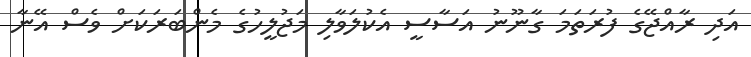
އަދި ރާއްޖޭގެ ފުރަތަމަ ގާނޫނު އަސާސީ އެކުލަވާލި މަޖުލީހުގެ މެންބަރަކަށް ވެސް އޭނާ